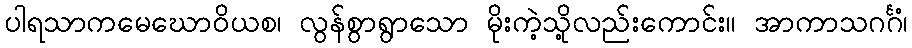
ပါရသာကမေဃောဝိယစ၊ လွန်စွာရွာသော မိုးကဲ့သို့လည်းကောင်း။ အာကာသဂင်္ဂံ၊